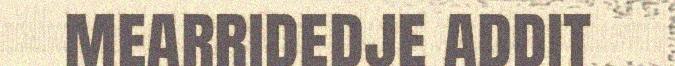
mearridedje addit